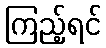
ကြည့်ရင်